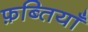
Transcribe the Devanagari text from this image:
फ़ब्तियाँ